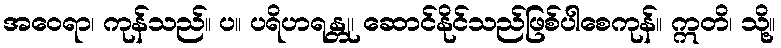
အဝေရာ၊ ကုန်သည်။ ပ။ ပရိဟရန္တု၊ ဆောင်နိုင်သည်ဖြစ်ပါစေကုန်။ ဣတိ၊ သို့။